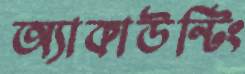
অ্যাকাউন্টিং